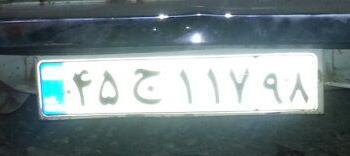
۴۵ج۱۱۷۹۸